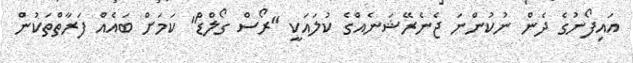
އައިފޯނުގެ ދެން ނުކުންނަ ޖެނެރޭޝަނެއްގެ ކުލައަކީ "ރޯސް ގޯލްޑް" ކަމަށް ބައެއް ފަރާތްތަކުން